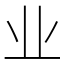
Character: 业